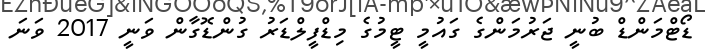
ޑޯޓްމަންޑް ބުނީ ޖަރުމަންގެ ގައުމީ ޓީމުގެ މިޑްފީލްޑަރު ގުންޑޮގާން ވަނީ 2017 ވަނަ